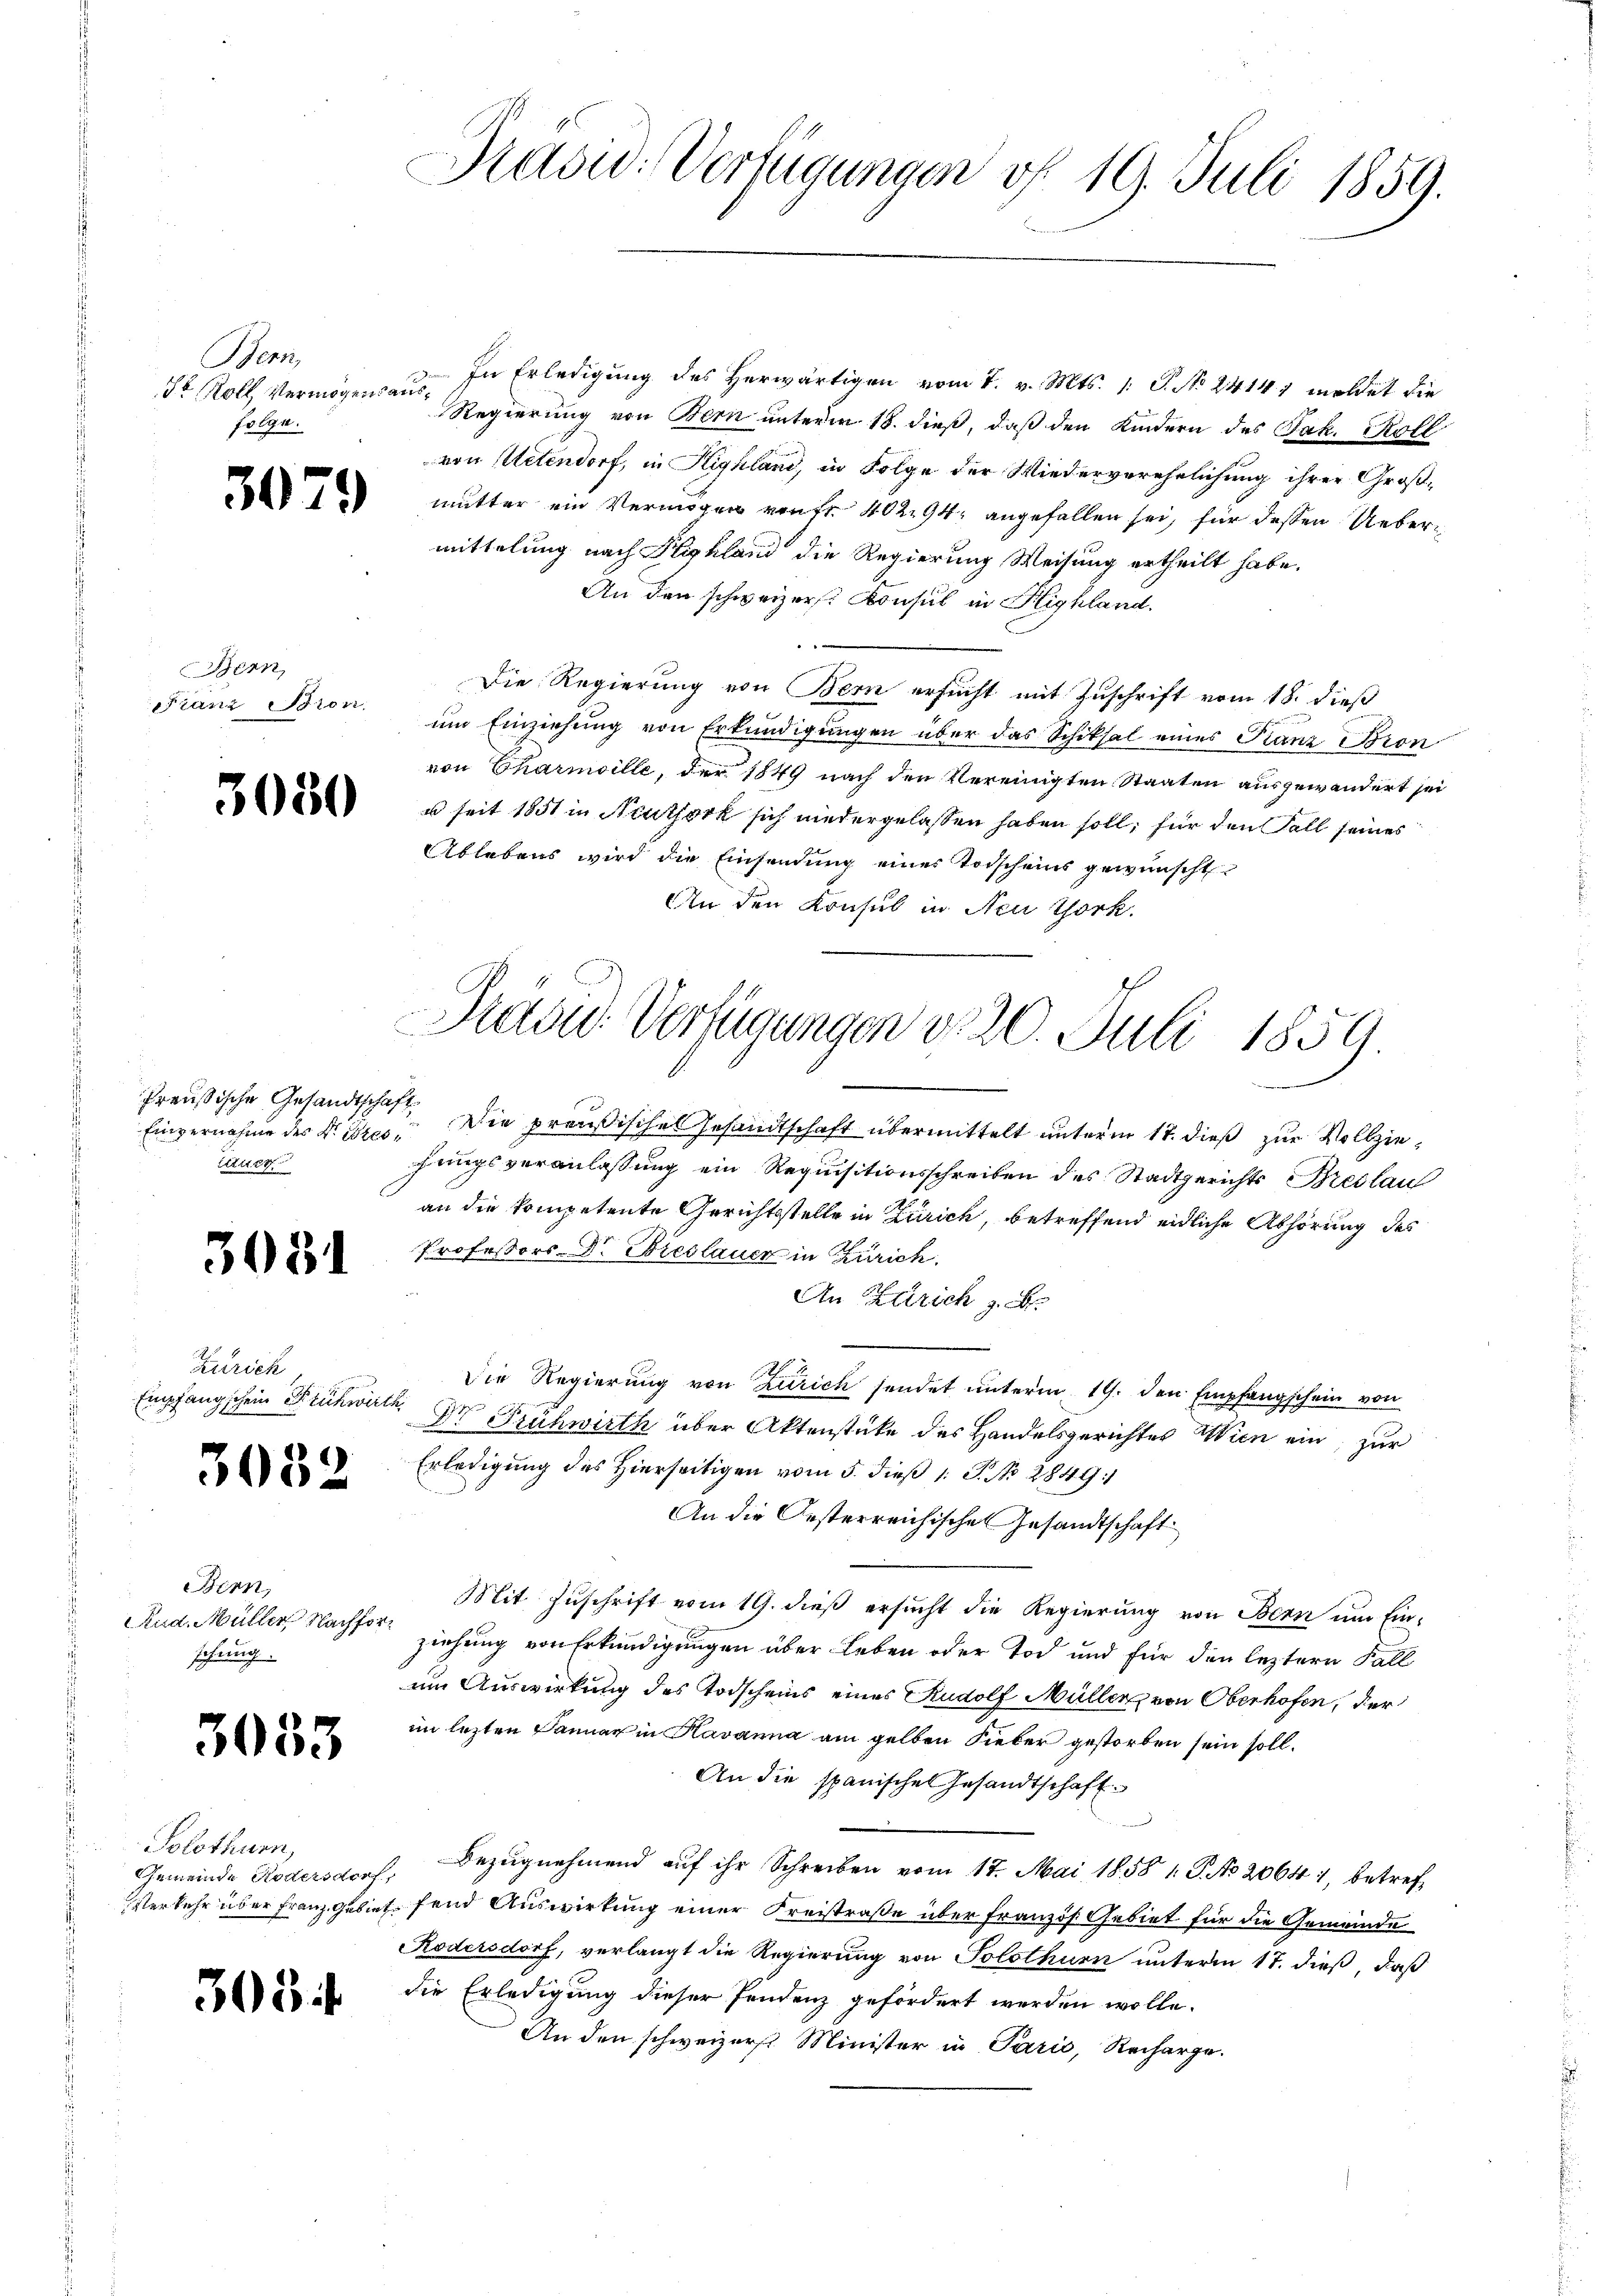
Bern,
Se Roll Vermögensausfolge.

i

Bern,
Franz Bron.

3030

Preußische Gesandtschaft
Etzuer

3031

Zürich
Empfangschein Flückwirth

3052

Bern,
Rud. Müller Nachforschung.

3053

Solothurn,
Gemeinde Rodersdorf,

303. 4

Radw. Verfügungen d. 19. Juli 1859.

In Erledigung des Herwärtigen vom 7. v. Mts. /: P. No 24147 meldet die
Regierung von Bern unterm 18. dieß, daß den Kindern des Jak. Koll
von Uetendorf, in Highland, in Folge der Wiederverehelichung ihrer Großmutter ein Vermögen von fr. 40294. angefallen sei, für dessen Uebermittelung nach Highland die Regierung Weisung ertheilt habe.
An den schweizer Konsul in Highland.
Die Regierung von Bern ersucht mit Zuschrift vom 18. dieß
um Einziehung von Erkundigungen über das Schiksal eines Franz Bron
von Charmoille, der 1849 nach den Vereinigten Staaten ausgewandert sei
u seit 1851 in Neuthork sich niedergelassen haben soll, für den Fall seines
Ablebens wird die Einsendung einer Todscheins gewünscht
An den Konsul in Neu Thork.

Einvernahme der Dir. Die preußisches Gesandtschaft übermittelt unterm 17. dieß zur Vollziehungsveranlassung ein Requisitionsschreiben des Stadtgerichts Breslau
an die kompetente Gerichtsstelle in Zürich, betreffend eidliche Abhörung des
Professors Dr. Breslauen in Zürich.
An Strich z. B.
Die Regierung von Zürich sendet unterm 19. den Empfangschein von
Dr Frühwirth über Aktenstüke des Handelsgerichtes Wien ein, zur
Erledigung des Hierseitigen vom 5. dieß 1 S. No 2849:
An die Oesterreichische Gesandtschaft
Mit Zuschrift vom 19. dieß ersucht die Regierung von Bern um Ein-
ziehung von Erkundigungen über Leben oder Toch und für den leztern Fall
um Auswirkung des Todscheins eines Rudolf Müller von Oberhofen, der
im lezten Januar in Kavanna am gelben Fieber gestorben sein soll.
An die spanischen Gesandtschaft
n
Bezugnehmend auf ihr Schreiben vom 17. Mai 1858 1. P. No. 20641, betref¬
Verkehr über Franz Gebiet fand Auswirkung einer Freistraße über Französ. Gebiet für die Gemeinde
Rodersdorf, verlangt die Regierung von Solothurn unterm 17. dieß, daß
die Erledigung dieser Fendenz gefördert werden wolle.
An den schweizers. Minister in Paris, Recharge.

Praud Verfügungen v. 20. Juli 1859.